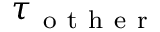
\tau _ { \mathrm { ~ o ~ t ~ h ~ e ~ r ~ } }